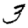
Digit: 3